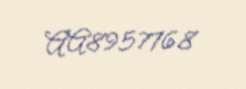
AA8957768